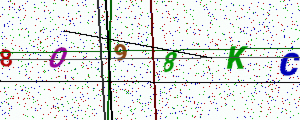
Text: 8O98KC